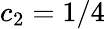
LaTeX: c_{2}=1/4